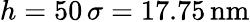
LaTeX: h=50\, \sigma=17.75\, \mathrm{nm}